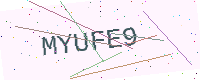
Text: MYUFE9